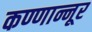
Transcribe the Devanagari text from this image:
कण्णान्नूर